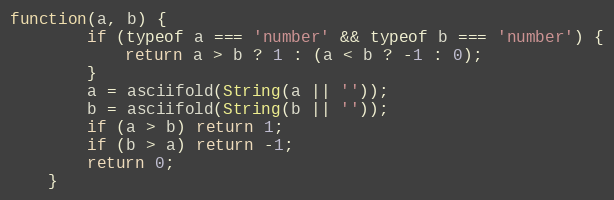
Language: JavaScript
function(a, b) {
		if (typeof a === 'number' && typeof b === 'number') {
			return a > b ? 1 : (a < b ? -1 : 0);
		}
		a = asciifold(String(a || ''));
		b = asciifold(String(b || ''));
		if (a > b) return 1;
		if (b > a) return -1;
		return 0;
	}